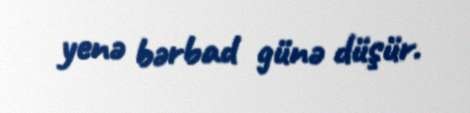
yenə bərbad günə düşür.